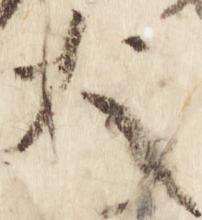
大